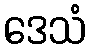
ဒေသံ